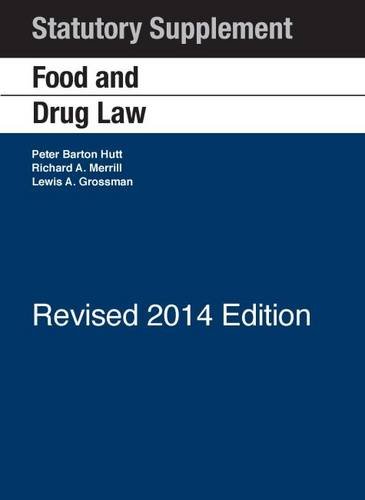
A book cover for Food and Drug Law: 2014 Statutory Supplement Revised (Selected Statutes); Peter Hutt; Law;